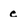
Character: e